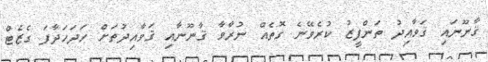
ޤާނޫނައި ޤަވާއިދު ތަންފީޒު ކުރެވޭނެ ގޮތެއް ނުރާވާ ޤާނޫނާއި ޤަވާއިދުތަށް ހަދަހަދާފަ ގެޒެޓް